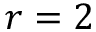
r = 2